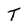
Character: T